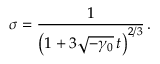
\sigma = \frac { 1 } { \left( 1 + 3 \sqrt { - \gamma _ { 0 } } \, t \right) ^ { 2 / 3 } } \, .